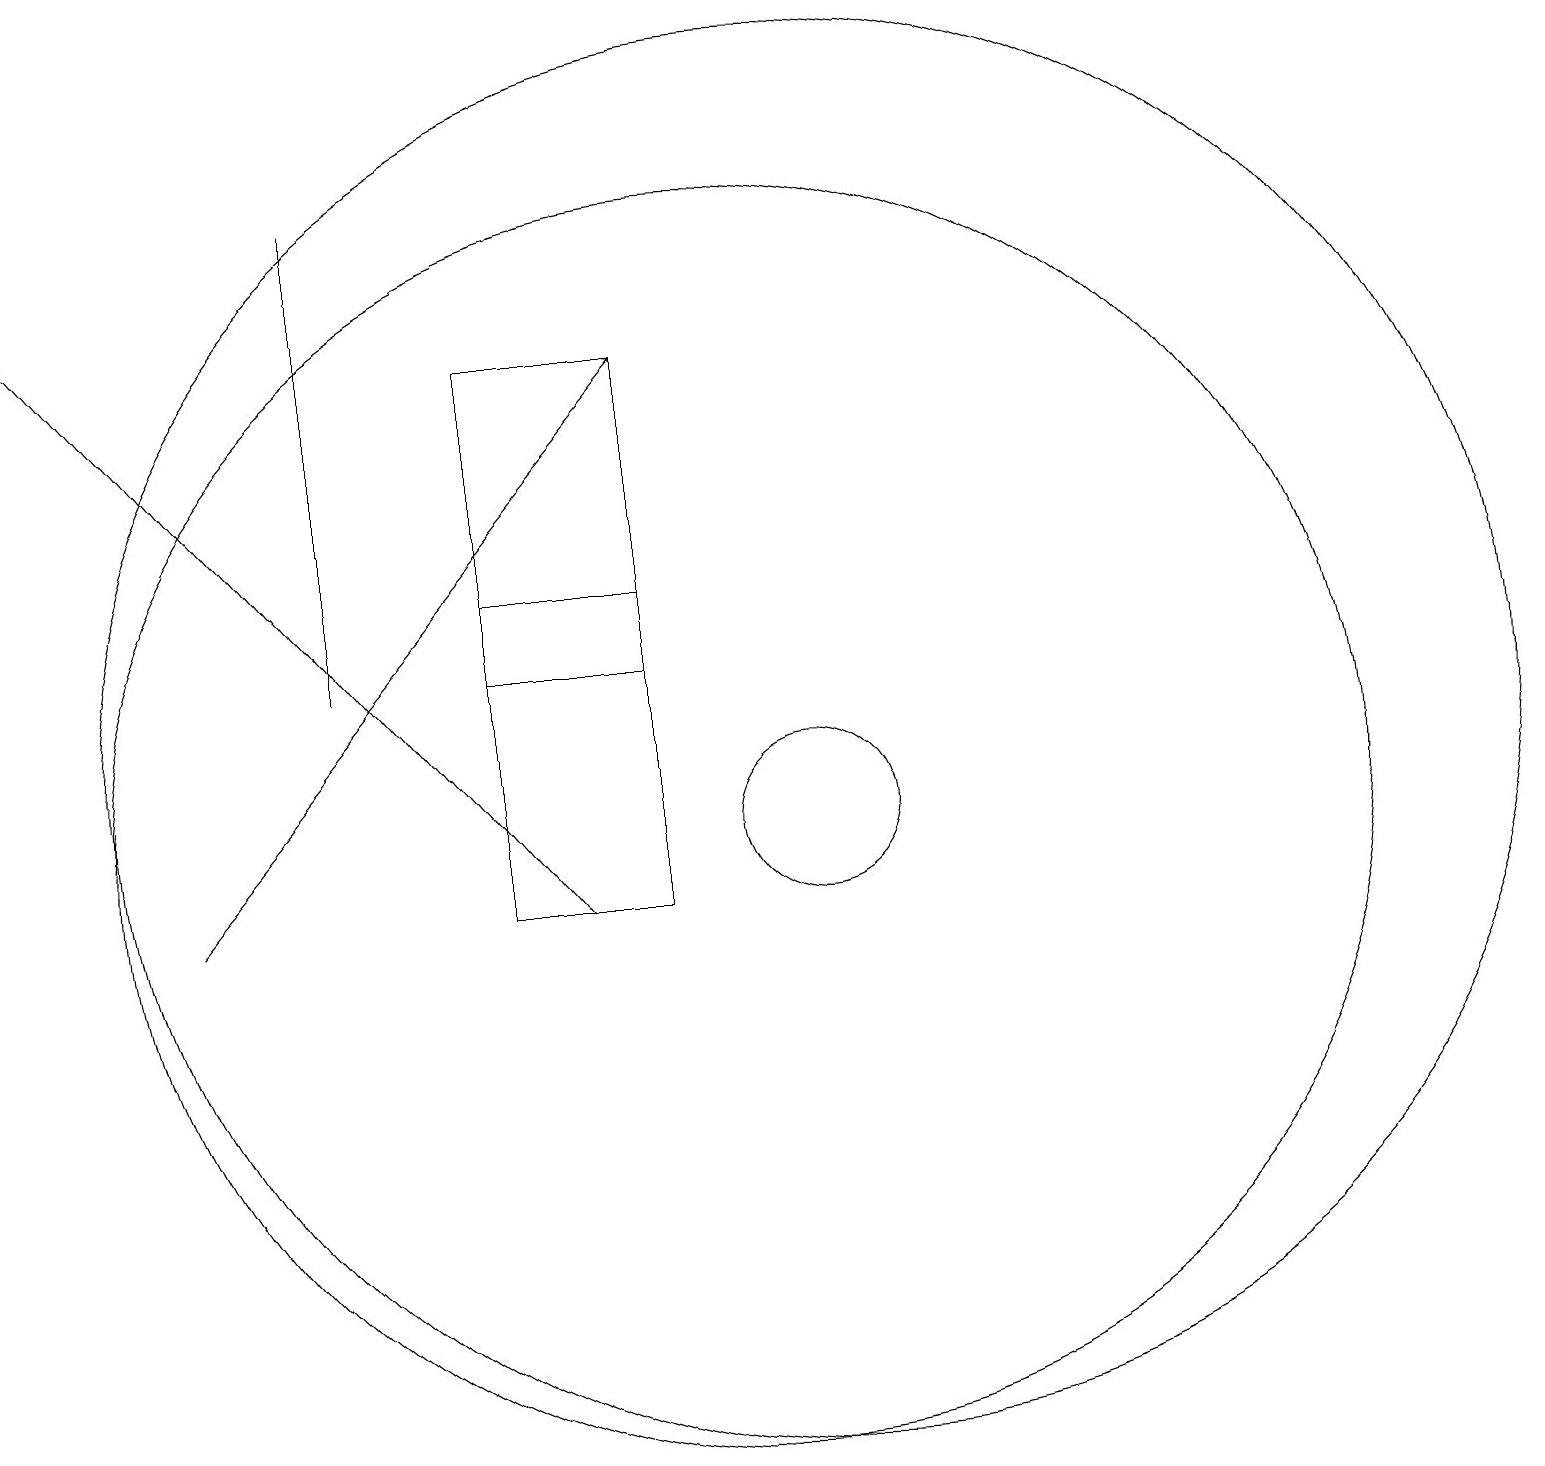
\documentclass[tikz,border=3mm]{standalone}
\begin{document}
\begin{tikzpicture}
\draw (7,10) rectangle (9,17);
\draw (5,19) rectangle (5,13);
\draw[->] (3,10) -- (9,17);
\draw (11,11) circle (1);
\draw (11,12) circle (9);
\draw (10,11) circle (8);
\draw (7,14) rectangle (9,13);
\draw[->] (8,10) -- (1,18);
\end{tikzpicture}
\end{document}